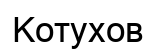
Котухов